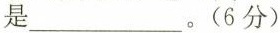
是___。(6分)